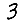
Digit: 3